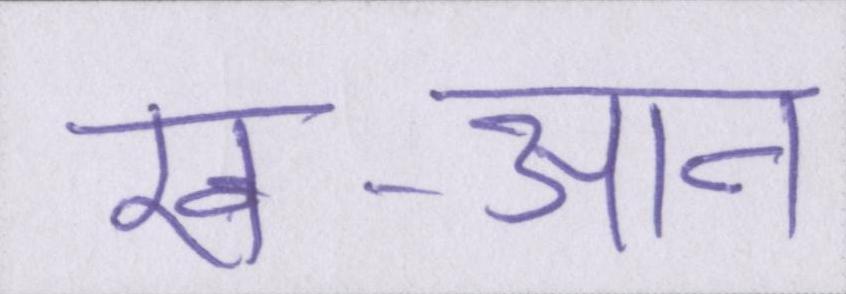
ख-आन